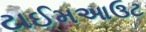
ટાઈમઆઉટ